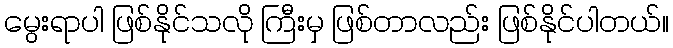
မွေးရာပါ ဖြစ်နိုင်သလို ကြီးမှ ဖြစ်တာလည်း ဖြစ်နိုင်ပါတယ်။